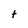
Character: t